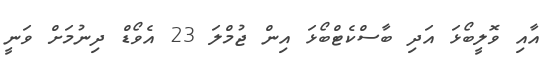
އާއި ވޮލީބޯޅަ އަދި ބާސްކެޓްބޯޅަ އިން ޖުމްލަ 23 އެވޯޑް ދިނުމަށް ވަނީ